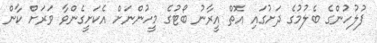
ފުލުހުންގެ ބެލުމުގެ ދަށުގައި އޮތް އީރާނު ބޯޓުގެ މީހުންނަށް އެކަށީގެންވާ ވަރަށް ކާން